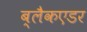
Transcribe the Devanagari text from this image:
ब्लैकएडर